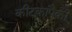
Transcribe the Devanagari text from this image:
कीटकापैकी